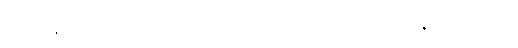
ခရမ်းချဉ်သီးစသည် အပင်မှ လွတ်ပြီး မျိုးစေ့ကား ဗီဇဂါမ်တည်း။